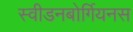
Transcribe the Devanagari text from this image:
स्वीडनबोर्गियनस